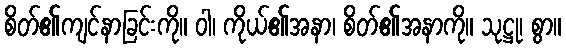
စိတ်၏ကျင်နာခြင်းကို။ ဝါ၊ ကိုယ်၏အနာ၊ စိတ်၏အနာကို။ သုဋ္ဌု၊ စွာ။